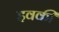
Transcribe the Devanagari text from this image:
इवकी